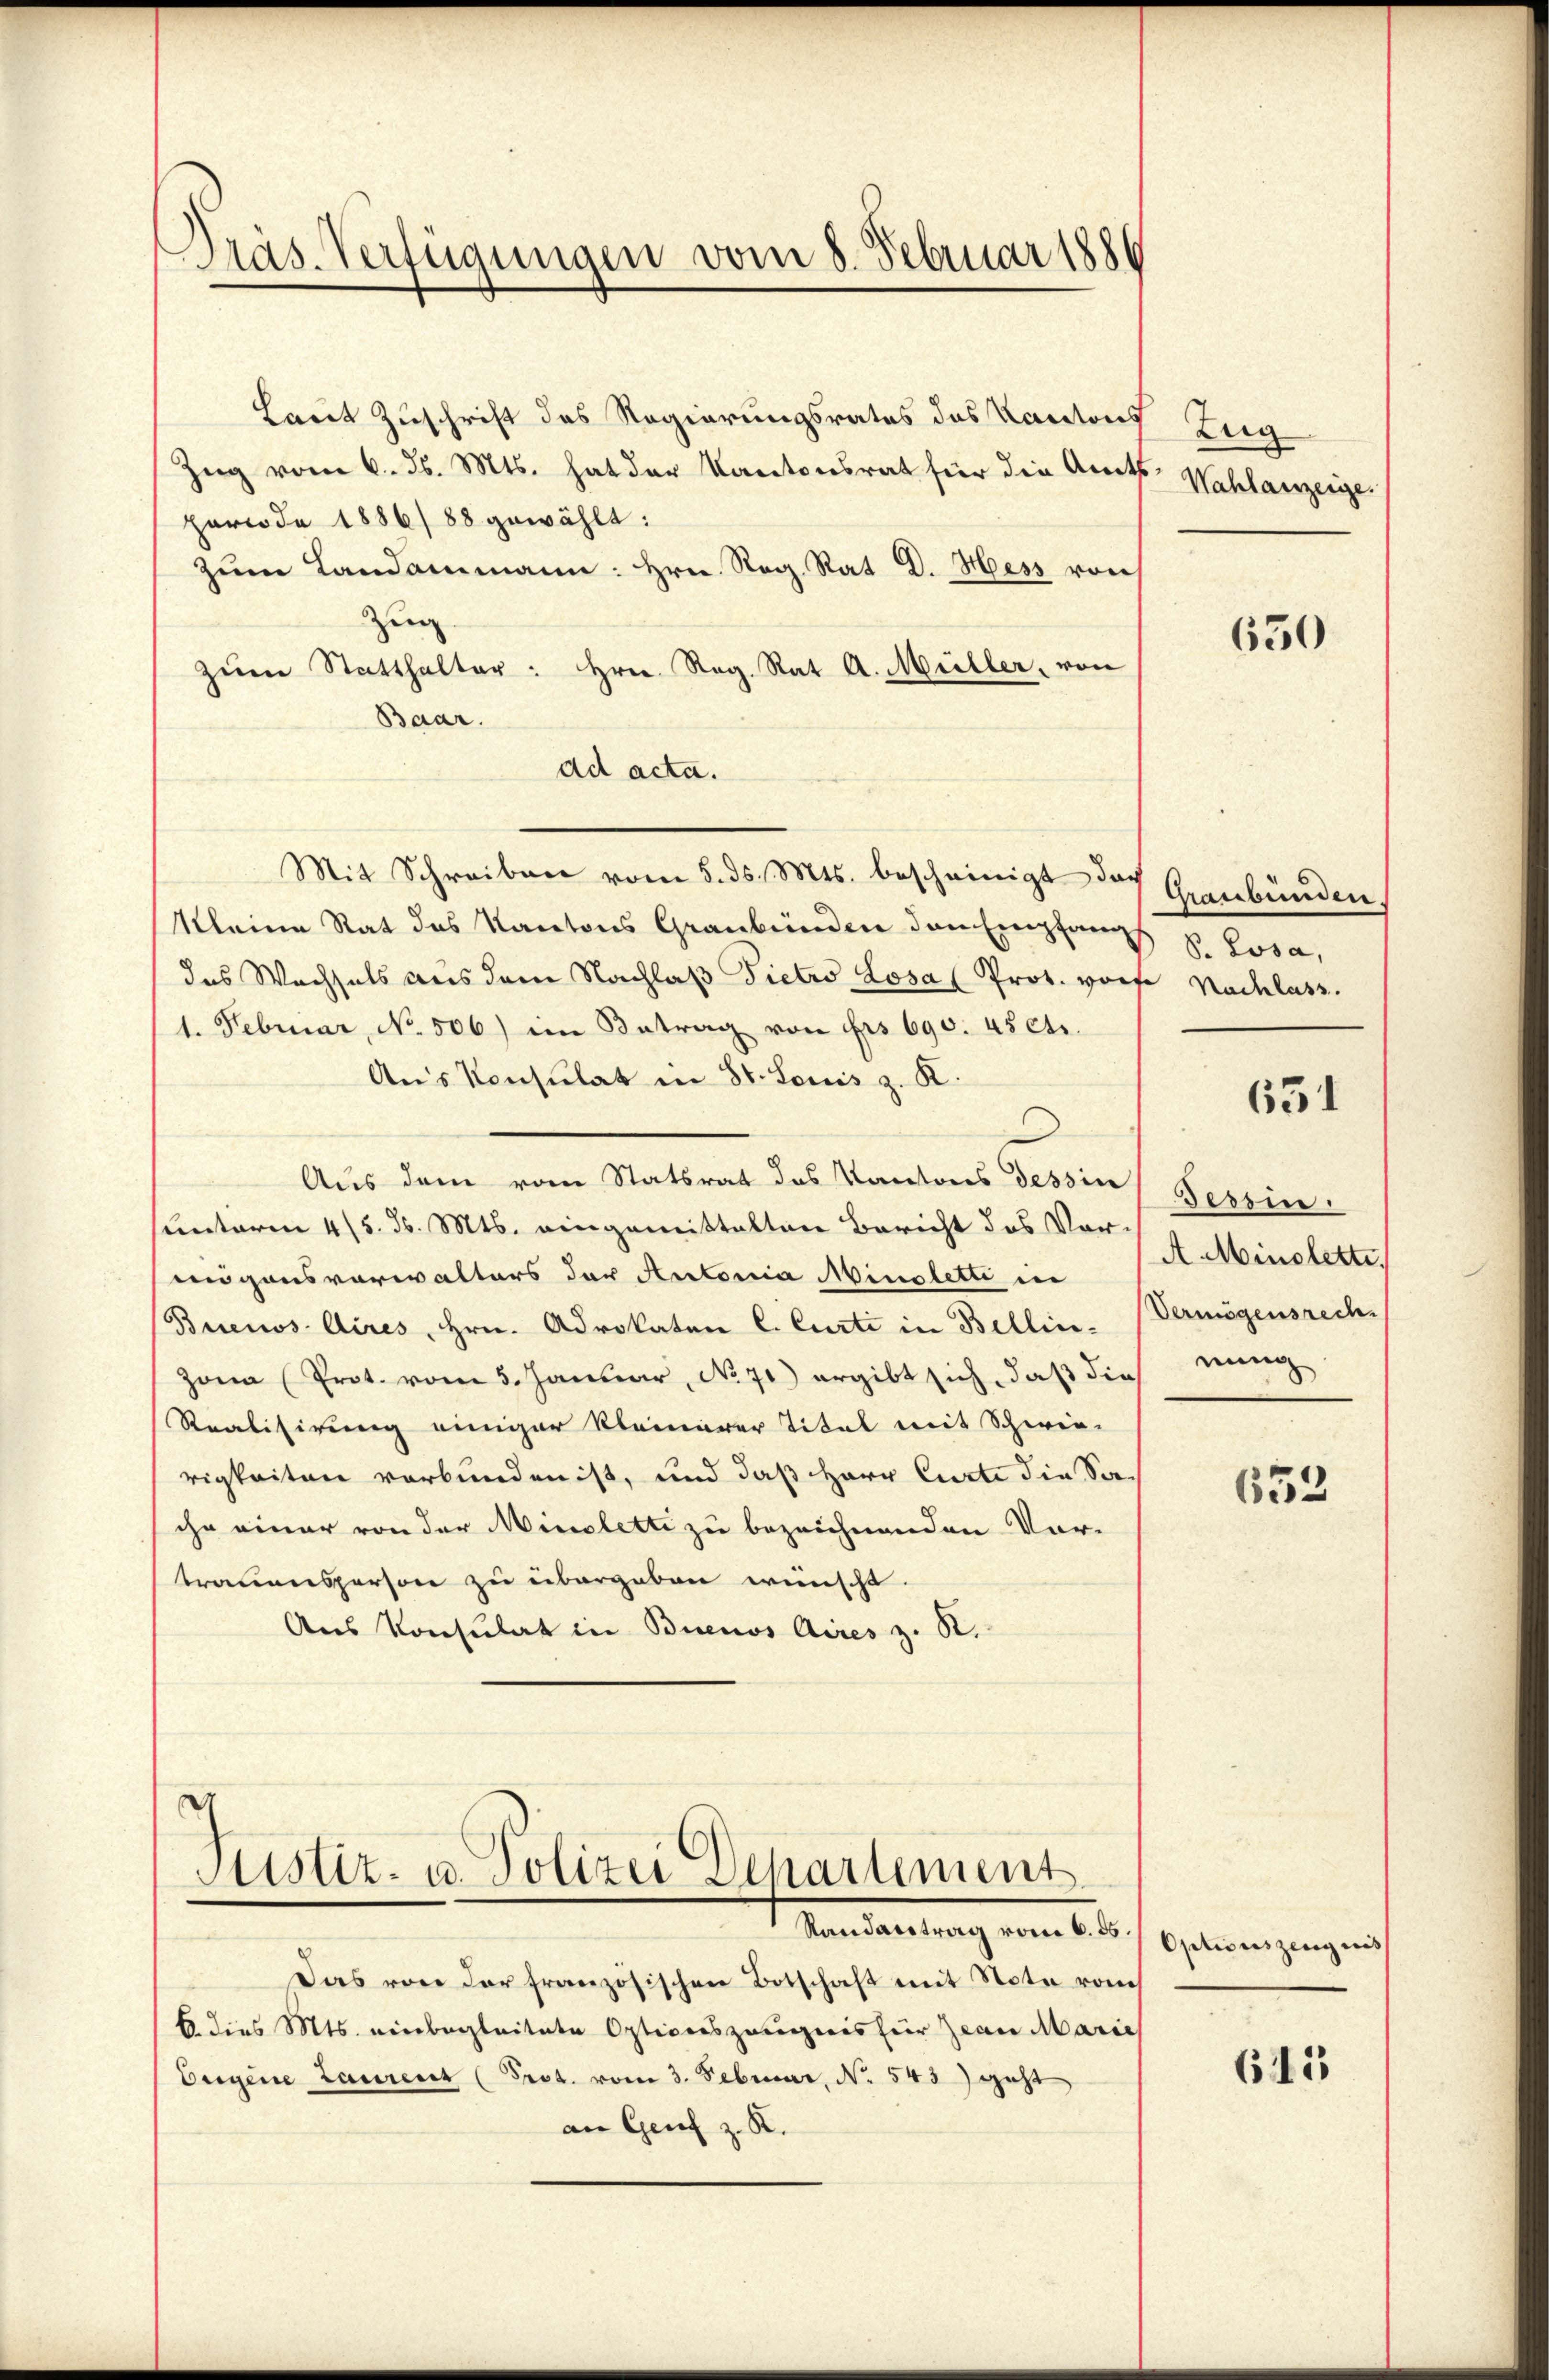
Präs. Verfügungen vom 8. Februar 1886

Laut Zuschrift das Regierungsrates des Kantons
Zug vom 6. ds. Mts. hat der Kantonsrat für den Amts Wahlanzeiger
periode 1886/ 88 gewählt:
zum Landammann: Hrn. Reg. Rat D. Hess von
Zeig
zŭm Statthalter: Hrn. Reg. Rat A. Müller, von
Baar.
ad acta.
Mit Schreiben vom 5. ds. Mts. bescheinigt dach
kleine Rat des Kantons Graubünden den Empfang S. Losa,
das Wachsels aus dem Nachlaβ Pietro Losa (Prot. worfe Nachlass.
1. Februar, No. 506) im Betrag von frs 690. 45 cts.
Aus Konsulat in St. Louis z. K.
Aus dem vom Statsrat des Kantons Tessin
unterm 4/5. d. Mts. eingemittelten Bericht des Vormögensverwalters der Antonia Ainsletti in
Buenos Aires, Hrn. Advokaten C. Curti in Bellin. Vermögensrechzona (Prot. vom 5. Januar, No 71) ergibt sich, daß dies meng
Realisirung einiger kleinerer Titel mit Schwie-
rigkeiten verbunden ist, und daß Herr Curti die Saihn einer von der Minoletti zu bezeichnenden Vor-
trauensperson zu übergeben wünscht
Aus Konsulat in Buenos Aires z. B.

A
Justiz- u. Polizei Departement
Randarstrag vom 6. ds

Das von der französischen Botschaft mit Note vom
6 dies Mts. einbegleitete Optionszeugnis für Jean Marie
Eigene Laurent (Prot. vom 3. Februar, No. 543) geht,
an Genf z. R.

Zug

630

Graubünden

631

Tessin.
A. Minoletti,
2

653

Optionszeugnis

615